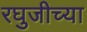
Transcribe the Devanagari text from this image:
रघुजीच्या